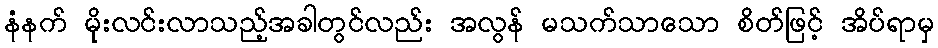
နံနက် မိုးလင်းလာသည့်အခါတွင်လည်း အလွန် မသက်သာသော စိတ်ဖြင့် အိပ်ရာမှ